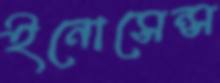
ইনোসেন্স